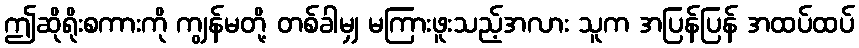
ဤဆိုရိုးစကားကို ကျွန်မတို့ တစ်ခါမျှ မကြားဖူးသည့်အလား သူက အပြန်ပြန် အထပ်ထပ်